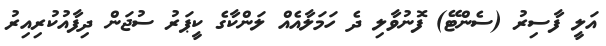
އަލީ ފާސިރު (ސެންޓޭ) ފޮނުވާލި ދެ ހަމަލާއެއް ލަންކާގެ ކީޕަރު ސުޖަން ދިފާއުކުރިއިރު